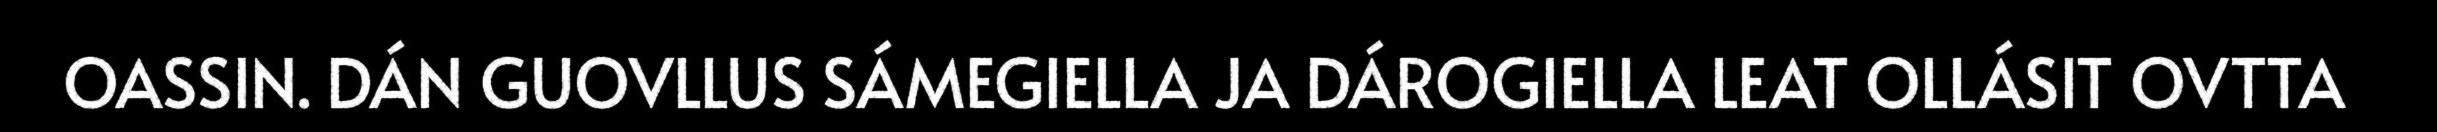
OASSIN. DÁN GUOVLLUS SÁMEGIELLA JA DÁROGIELLA LEAT OLLÁSIT OVTTA